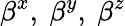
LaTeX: \beta^{x},\ \beta^{y},\ \beta^{z}